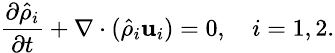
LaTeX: \small\frac{\partial\hat{\rho}_{i}}{\partial t}+\nabla\cdot(\hat{\rho}_{i}\textbf{u}_{i})=0,\quad i=1,2.